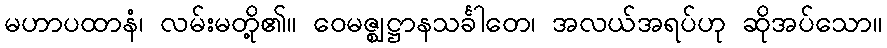
မဟာပထာနံ၊ လမ်းမတို့၏။ ဝေမဇ္ဈဋ္ဌာနသင်္ခါတေ၊ အလယ်အရပ်ဟု ဆိုအပ်သော။